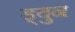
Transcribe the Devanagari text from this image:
ड्युन